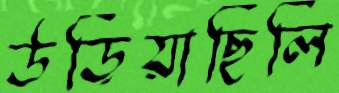
উড়িয়াছিলি